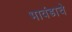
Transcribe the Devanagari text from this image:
भावंडाचे